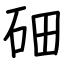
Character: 鿬